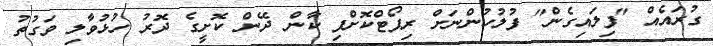
ގުރައެއް "ފިލައިގެން" ފުލުހުންނަށް ރިޕޯޓްކޮށްފި ކާން ދޭން ކޮށީގެ ދޮރު ހުޅުވާލި ވަގުތު